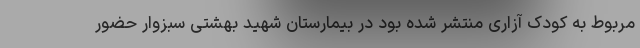
مربوط به کودک آزاری منتشر شده بود در بیمارستان شهید بهشتی سبزوار حضور